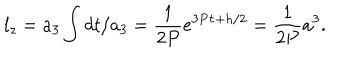
LaTeX: l _ { z } = a _ { 3 } \int d t / a _ { 3 } = \frac { 1 } { 2 P } e ^ { 3 P \tau + h / 2 } = \frac { 1 } { 2 P } a ^ { 3 } .